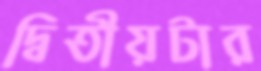
দ্বিতীয়টার